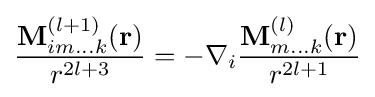
{\frac {\mathbf {M} _{im...k}^{(l+1)}(\mathbf {r} )}{r^{2l+3}}}=-\nabla _{i}{\frac {\mathbf {M} _{m...k}^{(l)}(\mathbf {r} )}{r^{2l+1}}}